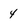
Character: 4